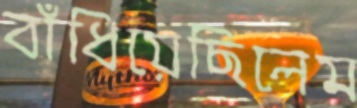
বাঁধিয়েছিলেম